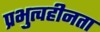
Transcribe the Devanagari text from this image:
प्रभुत्वहीनता